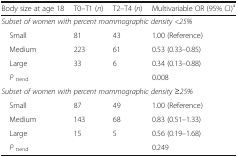
<table><thead><tr><td><b>Body size at age 18</b></td><td><b>T0–T1 (<i>n</i>)</b></td><td><b>T2–T4 (<i>n</i>)</b></td><td><b>Multivariable OR (95% CI)<sup>a</sup></b></td></tr></thead><tbody><tr><td colspan="4"><i>Subset of women with percent mammographic density &lt;25%</i></td></tr><tr><td> Small</td><td>81</td><td>43</td><td>1.00 (Reference)</td></tr><tr><td> Medium</td><td>223</td><td>61</td><td>0.53 (0.33–0.85)</td></tr><tr><td> Large</td><td>33</td><td>6</td><td>0.34 (0.13–0.88)</td></tr><tr><td> <i>P</i><sub>trend</sub></td><td></td><td></td><td>0.008</td></tr><tr><td colspan="4"><i>Subset of women with percent mammographic density ≥25%</i></td></tr><tr><td> Small</td><td>87</td><td>49</td><td>1.00 (Reference)</td></tr><tr><td> Medium</td><td>143</td><td>68</td><td>0.83 (0.51–1.33)</td></tr><tr><td> Large</td><td>15</td><td>5</td><td>0.56 (0.19–1.68)</td></tr><tr><td> <i>P</i><sub>trend</sub></td><td></td><td></td><td>0.249</td></tr></tbody></table>